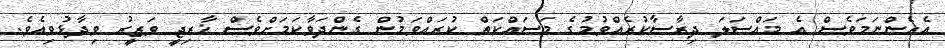
އެހެންނަމަވެސް އެ މައްސަލަ ދިރާސާކުރެއްވުމުގެ މަސައްކަތް ކުރައްވަމުން ގެންދަވާކަމަށްވެސް ޚާރިޖީ ވަޒީރު ވިދާޅުވިއެވެ.